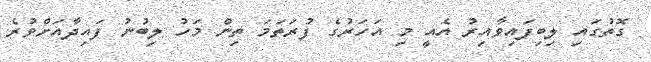
ގޮތުގައި ލިބިފައިވާއިރު އެއީ މި އަހަރުގެ ފުރަތަމަ ތިން މަހު ލިބުނު ފައިދާއަށްވުރެ